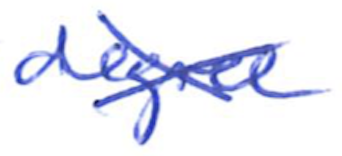
Text: degree
Cross-out: mix
Writing tool: ballpoint